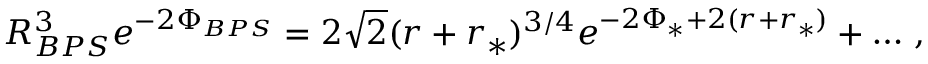
R _ { B P S } ^ { 3 } e ^ { - 2 \Phi _ { B P S } } = 2 \sqrt { 2 } ( r + r _ { * } ) ^ { 3 / 4 } e ^ { - 2 \Phi _ { * } + 2 ( r + r _ { * } ) } + \ldots \, ,